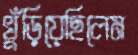
খুঁড়িয়েছিলেম